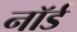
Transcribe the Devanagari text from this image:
नॉर्ड